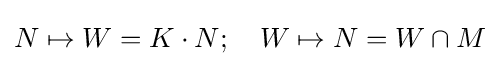
N\mapsto W=K\cdot N;\quad W\mapsto N=W\cap M